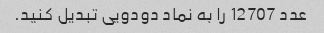
عدد 12707 را به نماد دودویی تبدیل کنید.